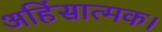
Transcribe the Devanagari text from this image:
अहिंसात्मक।